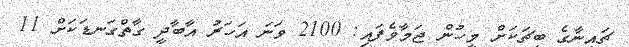
ޗައިނާގެ ބީޗަކަށް މީހުން ޖަމާވެފައި: 2100 ވަނަ އަހަރު އާބާދީ ގާތްގަނޑަކަށް 11